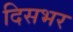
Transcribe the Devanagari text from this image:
दिसभर